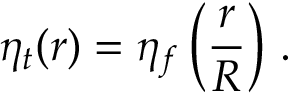
\eta _ { t } ( r ) = \eta _ { f } \left( { \frac { r } { R } } \right) \, .